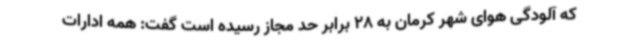
که آلودگی هوای شهر کرمان به 28 برابر حد مجاز رسیده است گفت: همه ادارات